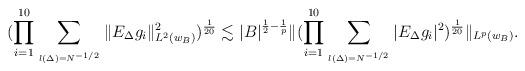
LaTeX: \begin{align*}(\prod_{i=1}^{10}\sum_{\atop{l(\Delta)=N^{-1/2}}}\|E_{\Delta}g_i\|_{L^{2}(w_{B})}^2)^{\frac1{20}}\lesssim |B|^{\frac12-\frac1p}\|(\prod_{i=1}^{10}\sum_{\atop{l(\Delta)=N^{-1/2}}}|E_{\Delta}g_i|^2)^{\frac1{20}}\|_{L^{p}(w_{B})}.\end{align*}